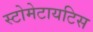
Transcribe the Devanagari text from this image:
स्टोमेटायटिस